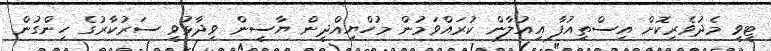
ޓީވީ މެދުވެރިކޮށް އިސްތިއުފާ އިއުލާން ކުރައްވަމުން މުހްޔިއްދީން ޔާސީން ވިދާޅުވީ ސަރުކާރުގެ ހިންގުން